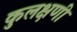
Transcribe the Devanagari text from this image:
कुलक्षणी